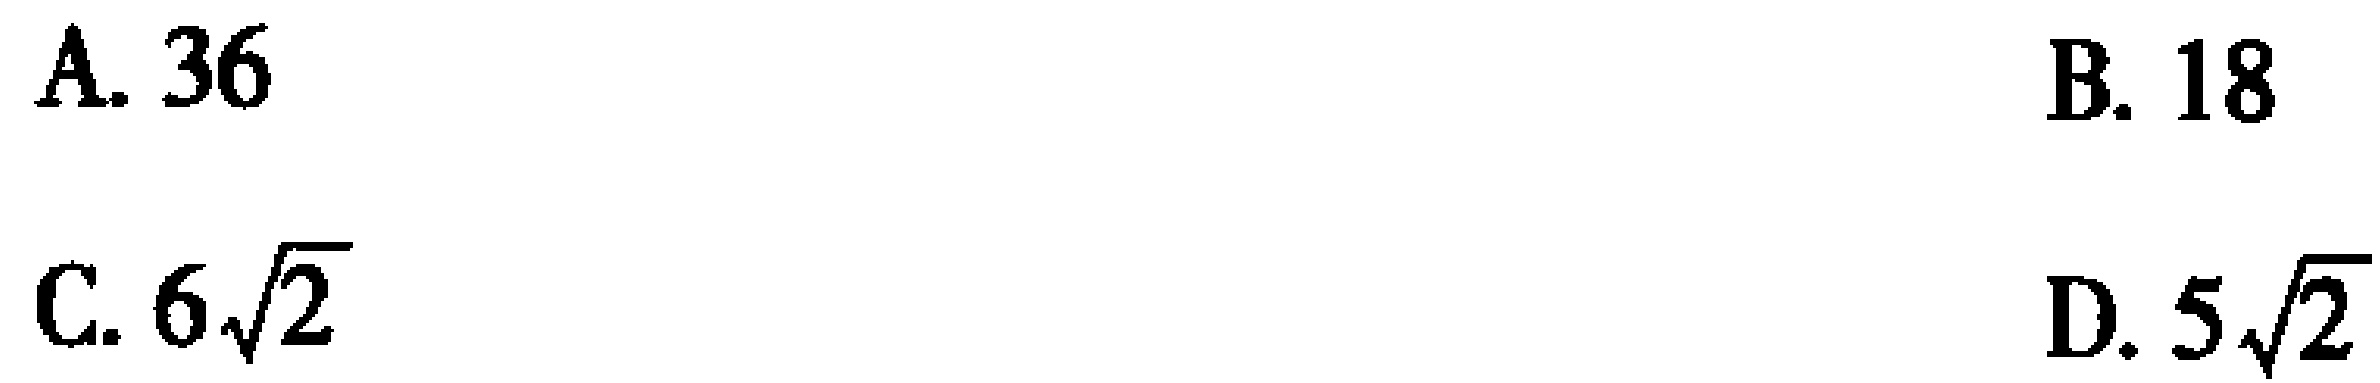
A. \(36\)
B. \(18\)
C. \(6\sqrt{2}\)
D. \(5\sqrt{2}\)